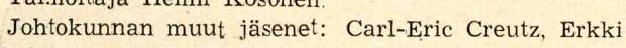
Johtokunnan muut jäsenet: Carl-Eric Creutz, Erkki